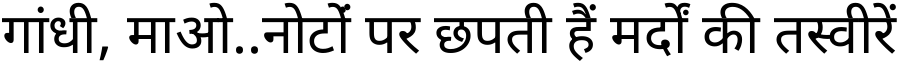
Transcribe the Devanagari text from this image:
गांधी, माओ..नोटोंं पर छपती हैं मर्दों की तस्वीरें